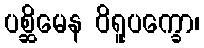
ပစ္ဆိမေန ဝိရူပက္ခော၊